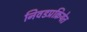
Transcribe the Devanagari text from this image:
निवडप्रक्रियेत